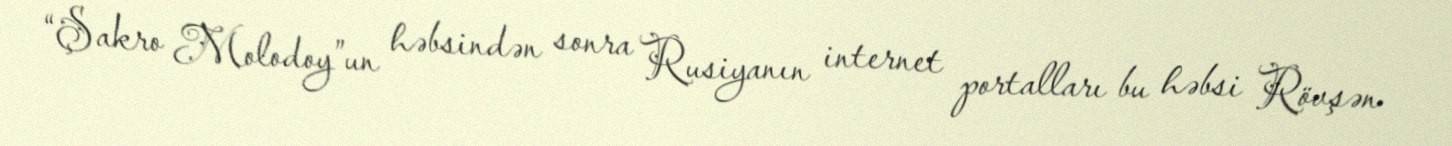
“Şakro Molodoy”un həbsindən sonra Rusiyanın internet portalları bu həbsi Rövşən